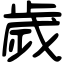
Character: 歲